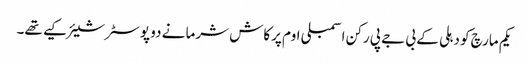
یکم مارچ کو دہلی کے بی جے پی رکن اسمبلی اوم پرکاش شرما نے دو پوسٹر شیئر کیے تھے۔